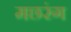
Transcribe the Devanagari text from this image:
मछरंग